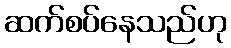
ဆက်စပ်နေသည်ဟု